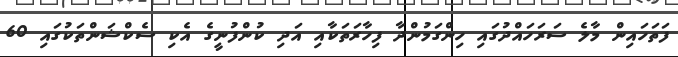
ފަތަހައިން މާލެ ސަރަހައްދުގައި ހިންގަމުންދާ ފިހާރަތަކާއި އަދި ކުންފުނީގެ އެކި ސެކްޝަންތަކުގައި 60